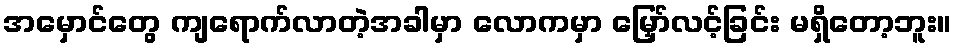
အမှောင်တွေ ကျရောက်လာတဲ့အခါမှာ လောကမှာ မြှော်လင့်ခြင်း မရှိတော့ဘူး။